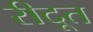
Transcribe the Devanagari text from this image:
रीदूत